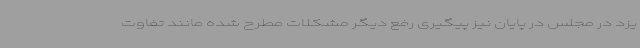
یزد در مجلس در پایان نیز پیگیری رفع دیگر مشکلات مطرح شده مانند تفاوت